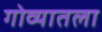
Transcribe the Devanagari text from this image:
गोव्यातला